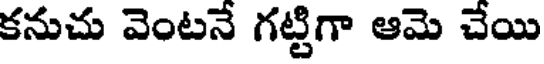
కనుచు వెంటనే గట్టిగా ఆమె చేయి